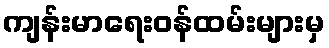
ကျန်းမာရေးဝန်ထမ်းများမှ